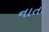
નાતો